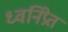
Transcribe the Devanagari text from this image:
ध्वनिप्रेत